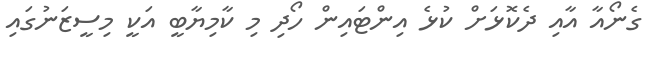
ގެނޯއާ އާއި ދެކޮޅަށް ކުޅެ އިންޓައިން ހޯދި މި ކާމިޔާބީ އަކީ މިސީޒަނުގައި